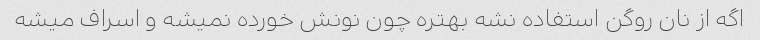
اگه از نان روگن استفاده نشه بهتره چون نونش خورده نمیشه و اسراف میشه